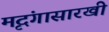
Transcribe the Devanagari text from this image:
मृदंगासारखी